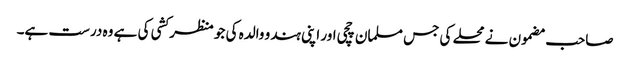
صاحب مضمون نے محلے کی جس مسلمان چچی اور اپنی ہندو والدہ کی جو منظر کشی کی ہے وہ درست ہے۔